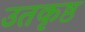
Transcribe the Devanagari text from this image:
उतकृष्ठ